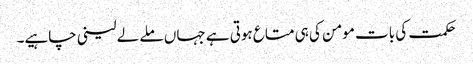
حکمت کی بات مومن کی ہی متاع ہوتی ہے جہاں ملے لے لینی چاہیے۔